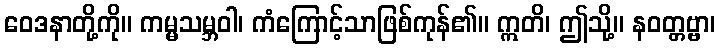
ဝေဒနာတို့ကို။ ကမ္မသမ္ဘဝါ၊ ကံကြောင့်သာဖြစ်ကုန်၏။ ဣတိ၊ ဤသို့။ နဝတ္တဗ္ဗာ၊